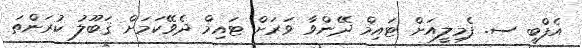
އެފްބީ ސ. ފެމިލީއަށް ޓައިމް ދޭންވާ ވަރަށް ޓައިމް ދެވޭކަމަށް ޤަބޫލު ކުރަންތަ